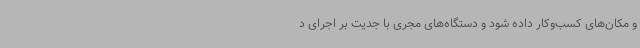
و مکان‌های کسب‌وکار داده شود و دستگاه‌های مجری با جدیت بر اجرای د